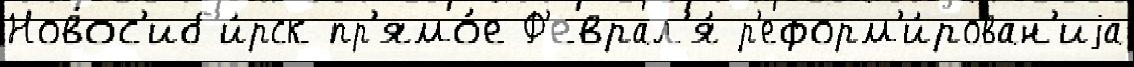
Новос'иб'и́рск пр'ямо́е Ф'еврал'я́ р'еформ'и́рован'иjа